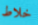
خلاط